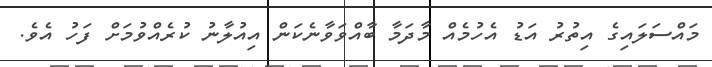
މައްސަލައިގެ އިތުރު އަޑު އެހުމެއް މާދަމާ ބާއްވަވާނެކަން އިއުލާނު ކުރެއްވުމަށް ފަހު އެވެ.